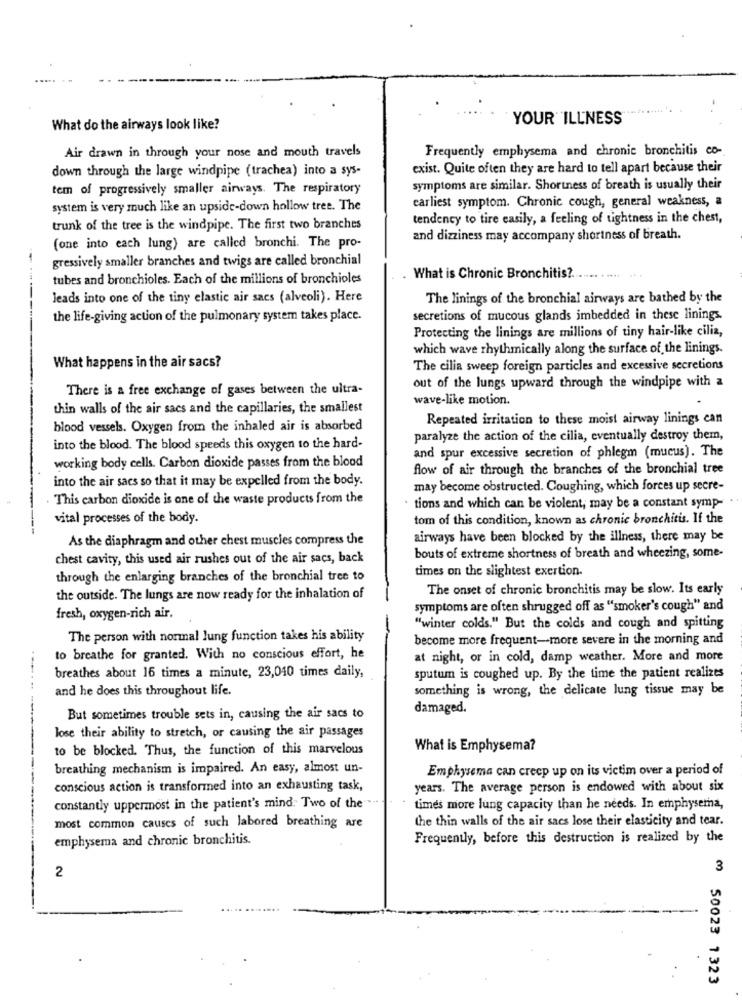
.....
YOUR ILLNESS
What do the airways look like?
Air drawn in through your nose and mouth travels
Frequently emphysema and chronic bronchitis co-
down through the large windpipe (trachea) into a sys-
exist. Quite often they are hard to tell apart because their
tem of progressively smaller airways. The respiratory
symptoms are similar. Shortness of breath is usually their
earliest symptom. Chronic cough, general weakness, a
system is very much like an upside-down hollow tree. The
tendency to tire easily, a feeling of tightness in the chest,
trunk of the tree is the windpipe. The first two branches
and dizziness may accompany shortness of breath.
(one into each lung) are called bronchi. The pro-
.-
gressively smaller branches and twigs are called bronchial
tubes and bronchioles. Each of the millions of bronchioles
What is Chronic Bronchitis ?.
......... ...
leads into one of the tiny elastic air sacs (alveoli). Here
The linings of the bronchial airways are bathed by the
---
the life-giving action of the pulmonary system takes place.
secretions of mucous glands imbedded in these linings.
Protecting the linings are millions of tiny hair-like cilia,
which wave rhythmically along the surface of the linings.
What happens in the air sacs?
The cilia sweep foreign particles and excessive secretions
There is a free exchange of gases between the ultra-
out of the lungs upward through the windpipe with a
wave-like motion.
thin walls of the air sacs and the capillaries, the smallest
Repeated irritation to these moist airway linings can
blood vessels. Oxygen from the inhaled air is absorbed
paralyze the action of the cilia, eventually destroy them,
into the blood. The blood speeds this oxygen to the hard-
and spur excessive secretion of phlegm (mucus). The
working body cells. Carbon dioxide passes from the blood
flow of air through the branches of the bronchial tree
into the air sacs so that it may be expelled from the body.
may become obstructed. Coughing, which forces up secre-
This carbon dioxide is one of the waste products from the
· tions and which can be violent, may be a constant symp-
vital processes of the body.
tom of this condition, known as chronic bronchitis. If the
As the diaphragm and other chest muscles compress the
airways have been blocked by the illness, there may be
chest cavity, this used air rushes out of the air sacs, back
bouts of extreme shortness of breath and wheezing, some-
times on the slightest exertion.
through the enlarging branches of the bronchial tree to
The onset of chronic bronchitis may be slow. Its early
the outside. The lungs are now ready for the inhalation of
-
symptoms are often shrugged off as "smoker's cough" and
fresh, oxygen-rich air.
"winter colds." But the colds and cough and spitting
The person with normal lung function takes his ability
become more frequent-more severe in the morning and
to breathe for granted. With no conscious effort, he
at night, or in cold, damp weather. More and more
breathes about 16 times a minute, 23,040 times daily,
sputum is coughed up. By the time the patient realizes
and he does this throughout life.
something is wrong, the delicate lung tissue may be
damaged.
But sometimes trouble sets in, causing the air sacs to
lose their ability to stretch, or causing the air passages
to be blocked. Thus, the function of this marvelous
What is Emphysema?
breathing mechanism is impaired. An easy, almost un-
Emphysema can creep up on its victim over a period of
conscious action is transformed into an exhausting task,
years. The average person is endowed with about six
constantly uppermost in the patient's mind. Two of the
times more lung capacity than he needs. In emphysema,
the thin walls of the air sacs lose their elasticity and tear.
most common causes of such labored breathing are
emphysema and chronic bronchitis.
Frequently, before this destruction is realized by the
2
m 50023 1323